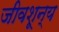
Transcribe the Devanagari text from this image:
जीवशून्य